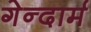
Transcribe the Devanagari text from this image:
गेन्दार्म